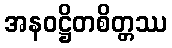
အနဝဋ္ဌိတစိတ္တဿ